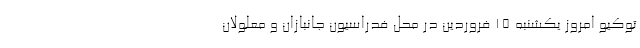
توکیو امروز یکشنبه ۱۵ فروردین در محل فدراسیون جانبازان و معلولان